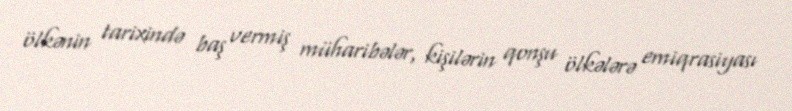
ölkənin tarixində baş vermiş müharibələr, kişilərin qonşu ölkələrə emiqrasiyası